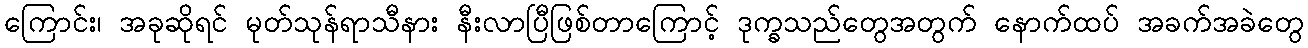
ကြောင်း၊ အခုဆိုရင် မုတ်သုန်ရာသီနား နီးလာပြီဖြစ်တာကြောင့် ဒုက္ခသည်တွေအတွက် နောက်ထပ် အခက်အခဲတွေ